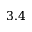
3 . 4